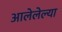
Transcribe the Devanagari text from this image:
आलेलेल्या